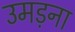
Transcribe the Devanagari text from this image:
उमड़ना